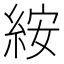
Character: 𥿽